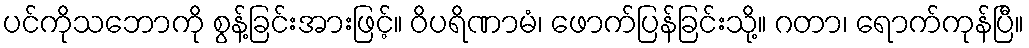
ပင်ကိုသဘောကို စွန့်ခြင်းအားဖြင့်။ ဝိပရိဏာမံ၊ ဖောက်ပြန်ခြင်းသို့။ ဂတာ၊ ရောက်ကုန်ပြီ။